Report of the Indian Hemp Drugs Commission, 1894-1895 - Volume IV
Year: 1894
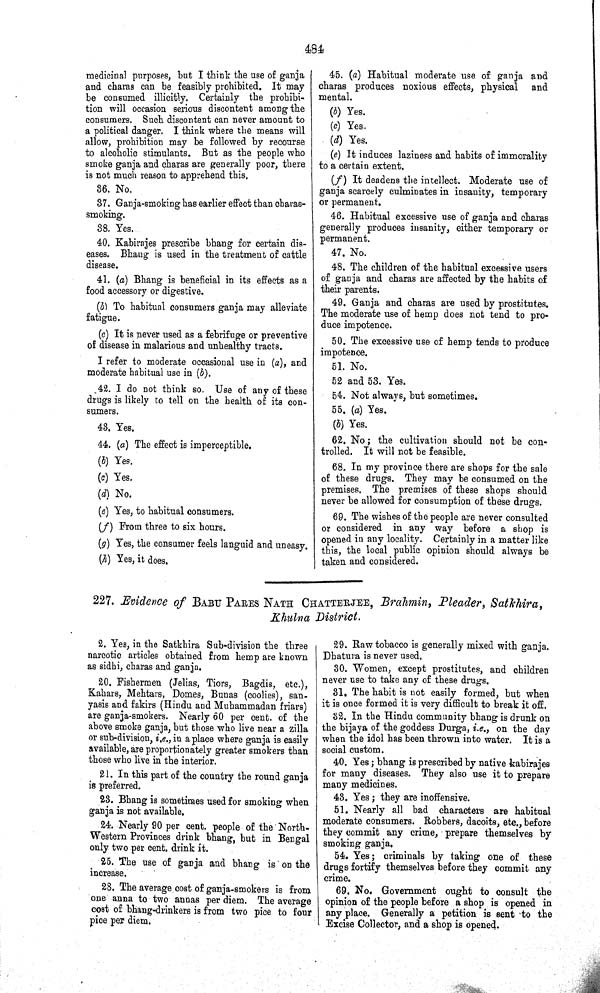
484
medicinal purposes, but I think the use of ganja
and charas can be feasibly prohibited. It may
be consumed illicitly. Certainly the prohibi-
tion will occasion serious discontent among the
consumers. Such discontent can never amount to
a political danger. I think where the means will
allow, prohibition may be followed by recourse
to alcoholic stimulants. But as the people who
smoke ganja and charas are generally poor, there
is not much reason to apprehend this.
36. No.
37. Ganja-smoking has earlier effect than charas-
smoking.
38. Yes.
40. Kabirajes prescribe bhang for certain dis-
eases. Bhang is used in the treatment of cattle
disease.
41. (a) Bhang is beneficial in its effects as a
food accessory or digestive.
(b) To habitual consumers ganja may alleviate
fatigue.
(c) It is never used as a febrifuge or preventive
of disease in malarious and unhealthy tracts.
I refer to moderate occasional use in (a), and
moderate habitual use in (b).
42. I do not think so. Use of any of these
drugs is likely to tell on the health of its con-
sumers.
43. Yes.
44. (a) The effect is imperceptible.
(b) Yes.
(c) Yes.
(d) No.
(e) Yes, to habitual consumers.
(f) From three to six hours.
(g) Yes, the consumer feels languid and uneasy.
(h) Yes, it does.
45. (a) Habitual moderate use of ganja and
charas produces noxious effects, physical and
mental.
(b) Yes.
(c) Yes.
(d) Yes.
(e) It induces laziness and habits of immorality
to a certain extent.
(f) It deadens the intellect. Moderate use of
ganja scarcely culminates in insanity, temporary
or permanent.
46. Habitual excessive use of ganja and charas
generally produces insanity, either temporary or
permanent.
47. No.
48. The children of the habitual excessive users
of ganja and charas are affected by the habits of
their parents.
49. Ganja and charas are used by prostitutes.
The moderate use of hemp does not tend to pro-
duce impotence.
50. The excessive use of hemp tends to produce
impotence.
51. No.
52 and 53. Yes.
54. Not always, but sometimes.
55. (a) Yes.
(b) Yes.
62. No; the cultivation should not be con-
trolled. It will not be feasible.
68. In my province there are shops for the sale
of these drugs. They may be consumed on the
premises. The premises of these shops should
never be allowed for consumption of these drugs.
69. The wishes of the people are never consulted
or considered in any way before a shop is
opened in any locality. Certainly in a matter like
this, the local public opinion should always be
taken and considered.
227. Evidence of BABU PARES NATH CHATTERJEE, Brahmin, Pleader, Satkhira,
Khulna District.
2. Yes, in the Satkhira Sub-division the three
narcotic articles obtained from hemp are known
as sidhi, charas and ganja.
20. Fishermen (Jelias, Tiors, Bagdis, etc.),
Kahars, Mehtars, Domes, Bunas (coolies), san-
yasis and fakirs (Hindu and Muhammadan friars)
are ganja-smokers. Nearly 60 per cent. of the
above smoke ganja, but those who live near a zilla
or sub-division, i.e., in a place where ganja is easily
available, are proportionately greater smokers than
those who live in the interior.
21. In this part of the country the round ganja
is preferred.
23. Bhang is sometimes used for smoking when
ganja is not available.
24. Nearly 90 per cent. people of the North-
-estern Provinces drink bhang, but in Bengal
only two per cent. drink it.
25. The use of ganja and bhang is on the
increase.
28. The average cost of ganja-smokers is from
one anna to two annas per diem. The average
cost of bhang-drinkers is from two pice to four
pice per diem.
29. Raw tobacco is generally mixed with ganja.
Dhatura is never used.
30. Women, except prostitutes, and children
never use to take any of these drugs.
31. The habit is not easily formed, but when
it is once formed it is very difficult to break it off.
32. In the Hindu community bhang is drunk on
the bijaya of the goddess Durga, i.e., on the day
when the idol has been thrown into water. It is a
social custom.
40. Yes; bhang is prescribed by native kabirajes
for many diseases. They also use it to prepare
many medicines.
43. Yes; they are inoffensive.
51. Nearly all bad characters are habitual
moderate consumers. Robbers, dacoits, etc., before
they commit any crime, prepare themselves by
smoking ganja.
54. Yes; criminals by taking one of these
drugs fortify themselves before they commit any
crime.
69. No. Government ought to consult the
opinion of the people before a shop is opened in
any place. Generally a petition is sent to the
Excise Collector, and a shop is opened.